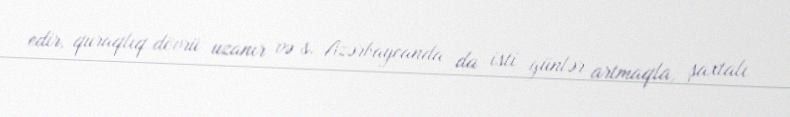
edir, quraqlıq dövrü uzanır və s. Azərbaycanda da isti günlər artmaqla, şaxtalı